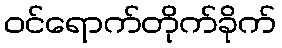
ဝင်ရောက်တိုက်ခိုက်